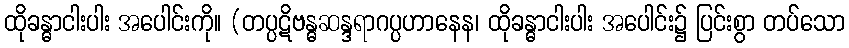
ထိုခန္ဓာငါးပါး အပေါင်းကို။ (တပ္ပဋိဗန္ဓဆန္ဒရာဂပ္ပဟာနေန၊ ထိုခန္ဓာငါးပါး အပေါင်း၌ ပြင်းစွာ တပ်သော